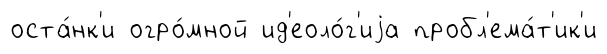
оста́нк'и огро́мной ид'еоло́г'иjа пробл'ема́т'ик'и